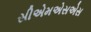
સીએમએસએસ